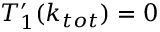
T _ { 1 } ^ { \prime } ( k _ { t o t } ) = 0